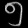
Digit: ၅